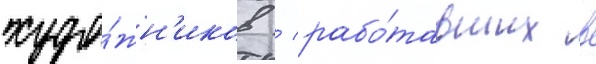
худо́жн'иков / рабо́тавших в